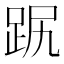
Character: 𧿻